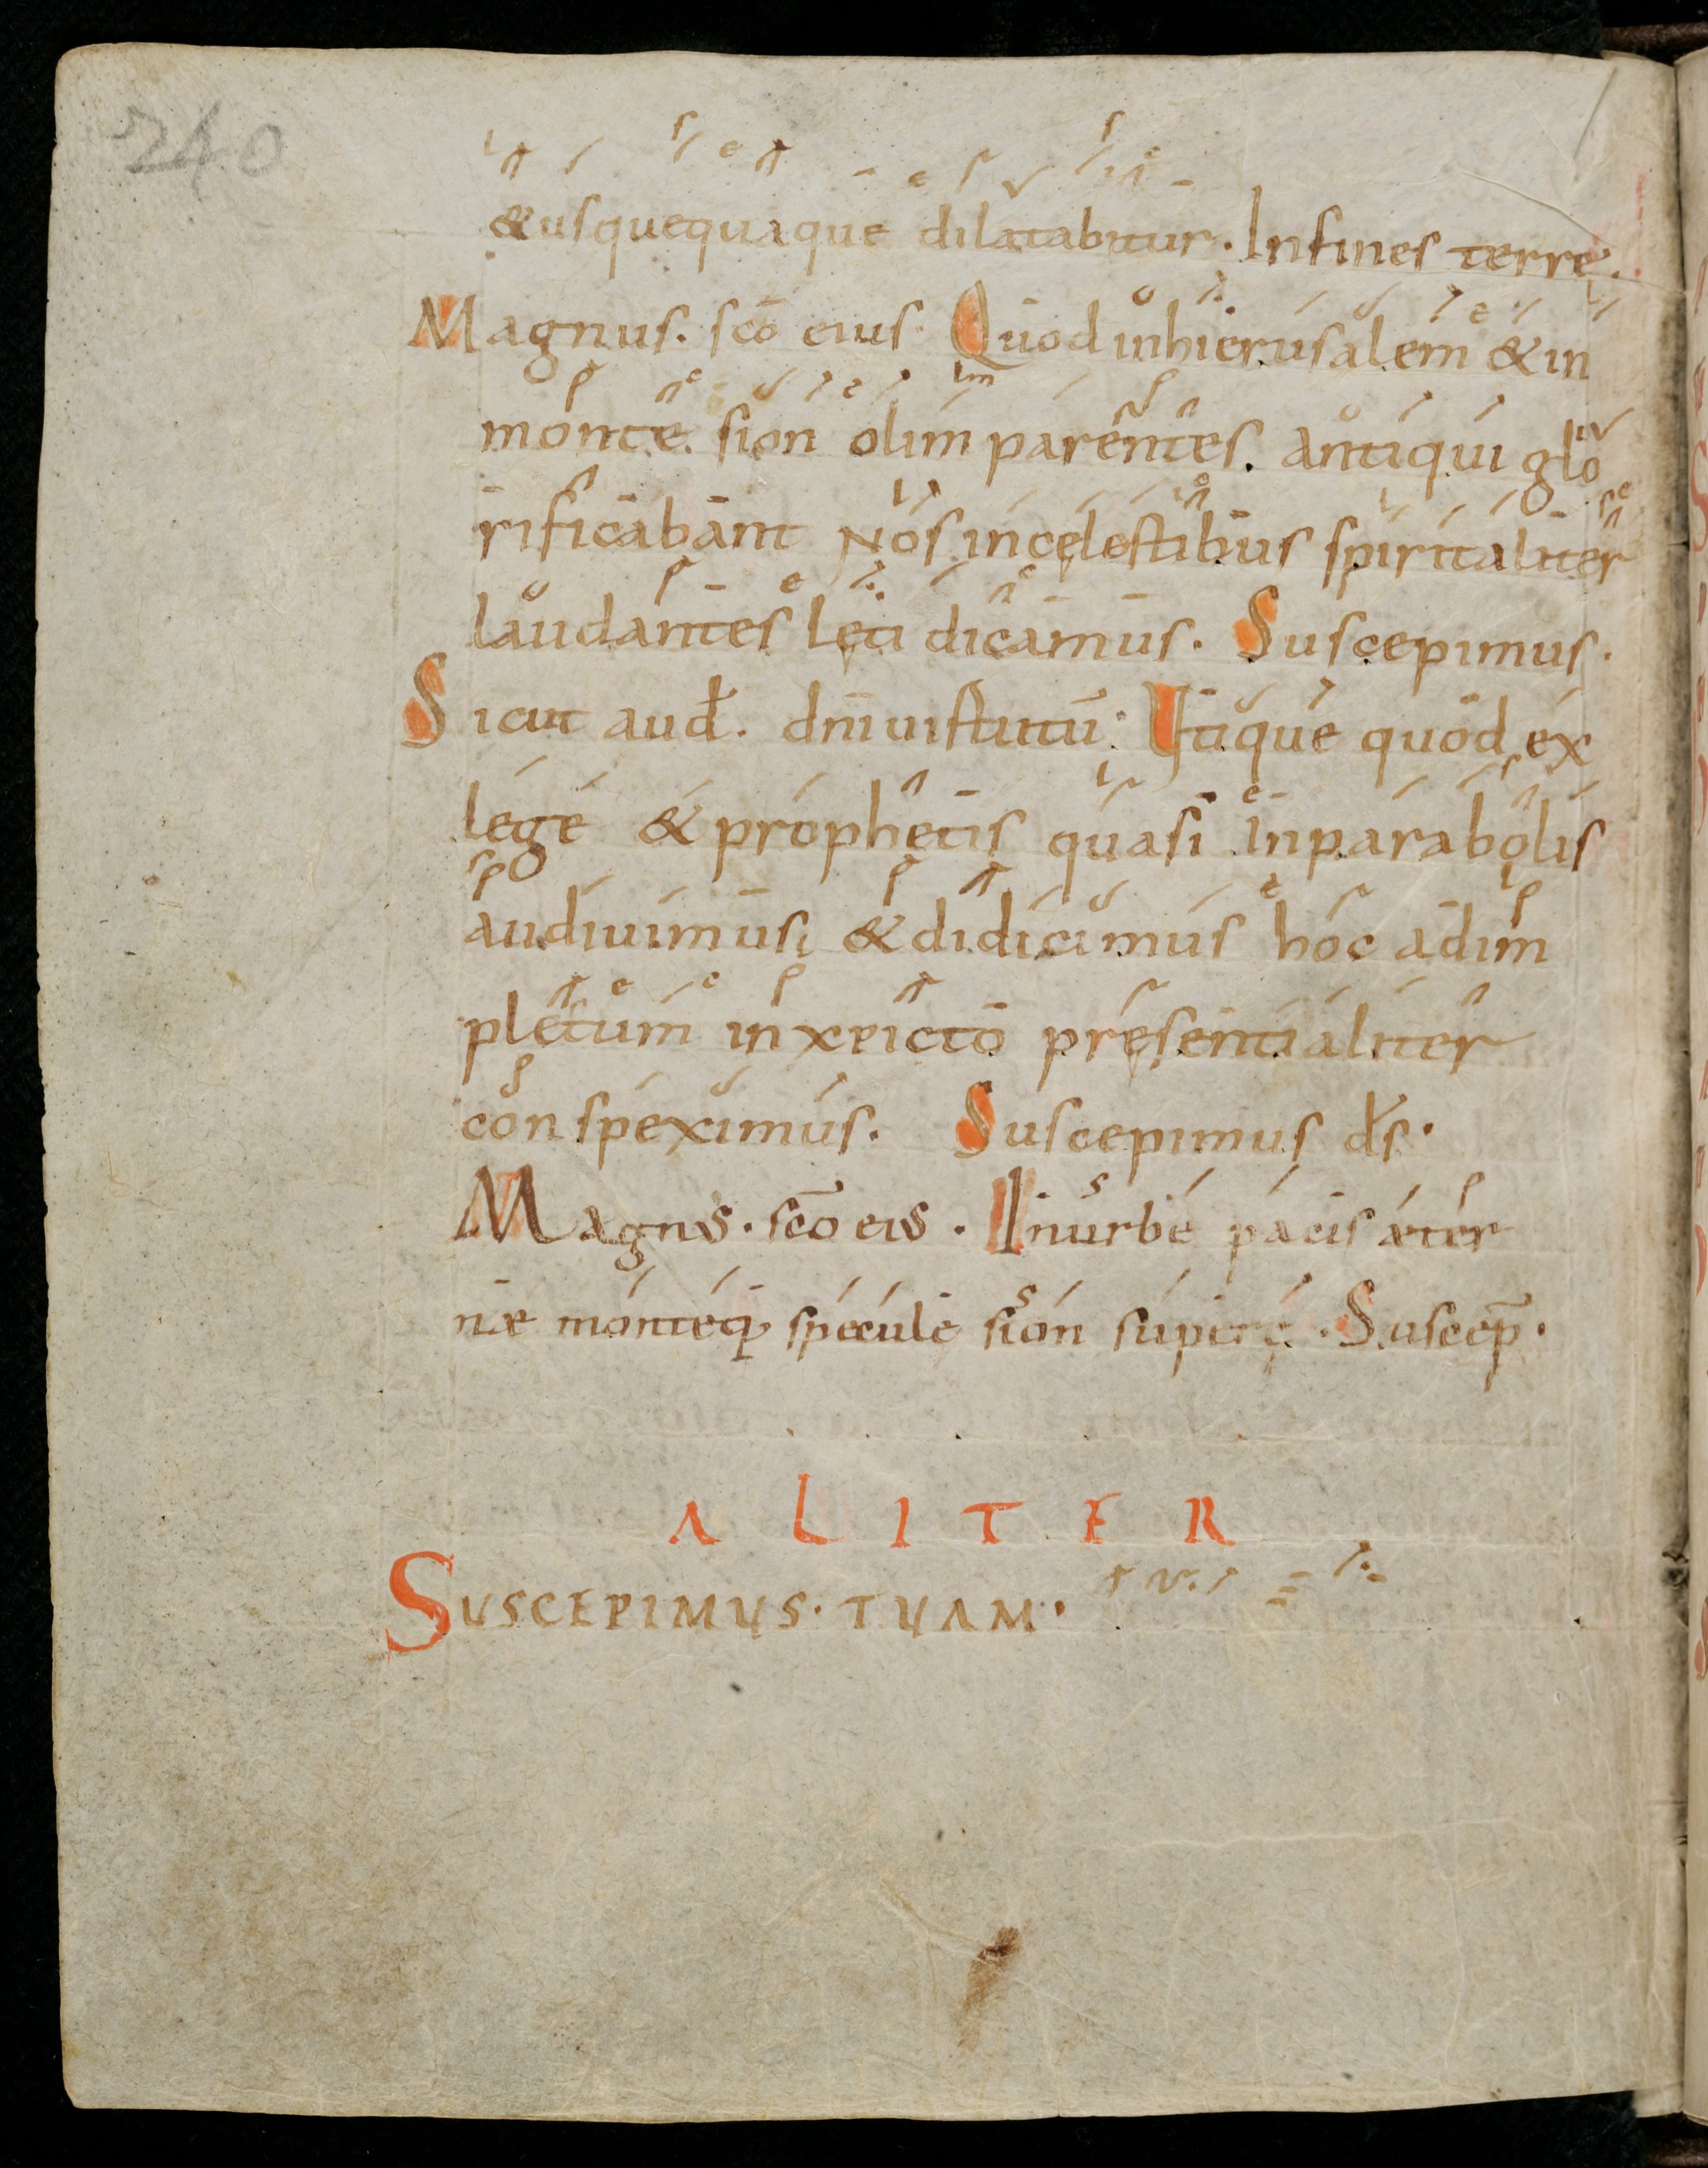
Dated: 1000–1099